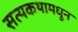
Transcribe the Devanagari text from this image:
सत्यकथामधून